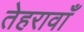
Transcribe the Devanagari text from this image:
तेहरावाँ